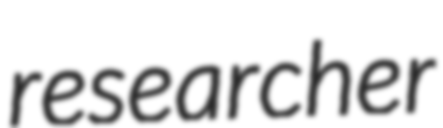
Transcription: researcher